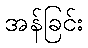
အန်ခြင်း